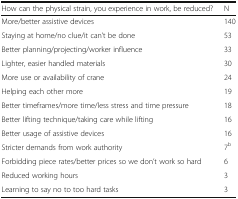
<table><thead><tr><td><b>How can the physical strain, you experience in work, be reduced?</b></td><td><b>N</b></td></tr></thead><tbody><tr><td>More/better assistive devices</td><td>140</td></tr><tr><td>Staying at home/no clue/it can’t be done</td><td>53</td></tr><tr><td>Better planning/projecting/worker influence</td><td>33</td></tr><tr><td>Lighter, easier handled materials</td><td>30</td></tr><tr><td>More use or availability of crane</td><td>24</td></tr><tr><td>Helping each other more</td><td>19</td></tr><tr><td>Better timeframes/more time/less stress and time pressure</td><td>18</td></tr><tr><td>Better lifting technique/taking care while lifting</td><td>16</td></tr><tr><td>Better usage of assistive devices</td><td>16</td></tr><tr><td>Stricter demands from work authority</td><td>7<sup>b</sup></td></tr><tr><td>Forbidding piece rates/better prices so we don’t work so hard</td><td>6</td></tr><tr><td>Reduced working hours</td><td>3</td></tr><tr><td>Learning to say no to too hard tasks</td><td>3</td></tr></tbody></table>